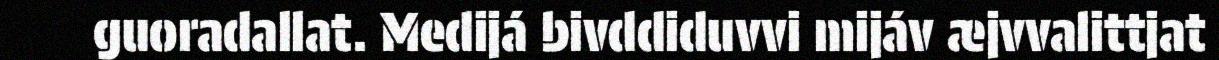
guoradallat. Medijá bivddiduvvi mijáv æjvvalittjat